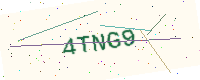
Text: 4TNG9